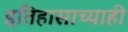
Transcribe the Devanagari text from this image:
इतिहासाच्याही